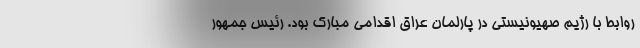
روابط با رژیم صهیونیستی در پارلمان عراق اقدامی مبارک بود. رئیس جمهور